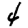
Digit: 4